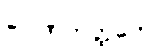
ဂေါဏကတ္ထတေ